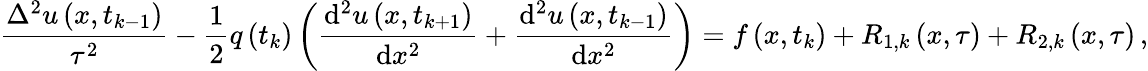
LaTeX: \frac{{\Delta}^{2}u\left(x,{t}_{k-1}\right)}{{\tau}^{2}}-\frac{1}{2}q\left({t}_{k}\right)\left(\frac{\mathrm{d}^{2}u\left(x,{t}_{k+1}\right)}{\mathrm{d}{x}^{2}}+\frac{\mathrm{d}^{2}u\left(x,{t}_{k-1}\right)}{\mathrm{d}{x}^{2}}\right)=f\left(x,{t}_{k}\right)+{R}_{1,k}\left(x,\tau\right)+{R}_{2,k}\left(x,\tau\right)\, ,